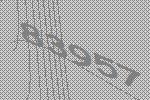
83957